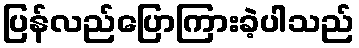
ပြန်လည်ပြောကြားခဲ့ပါသည်